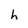
Character: h